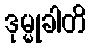
ဒုမ္မုခါတိ